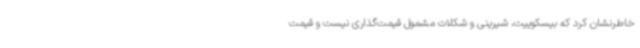
خاطرنشان کرد که بیسکوییت، شیرینی و شکلات مشمول قیمت‌گذاری نیست و قیمت